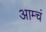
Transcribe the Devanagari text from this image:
आम्चं